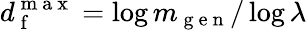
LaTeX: d_{\mathrm{~f~}}^{\mathrm{~m~a~x~}}=\log m_{\mathrm{~g~e~n~}}/\log\lambda